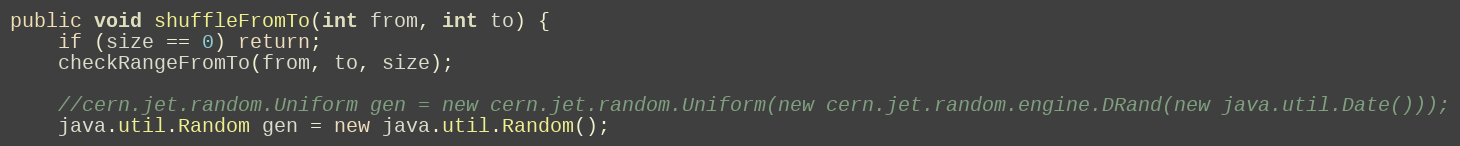
Language: Java
public void shuffleFromTo(int from, int to) {
	if (size == 0) return;
	checkRangeFromTo(from, to, size);

	//cern.jet.random.Uniform gen = new cern.jet.random.Uniform(new cern.jet.random.engine.DRand(new java.util.Date()));
	java.util.Random gen = new java.util.Random();